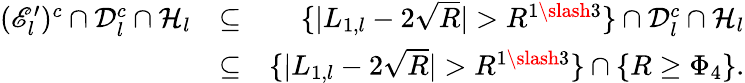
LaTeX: \begin{array}{rlr}{(\mathscr{E}_{l}^{\prime})^{c}\cap\mathcal{D}_{l}^{c}\cap\mathcal{H}_{l}}&{\subseteq}&{\{ |L_{1,l}-2\sqrt{R}|>R^{1\slash 3}\} \cap\mathcal{D}_{l}^{c}\cap\mathcal{H}_{l}}\\ &{\subseteq}&{\{ |L_{1,l}-2\sqrt{R}|>R^{1\slash 3}\} \cap\{ R\geq\Phi_{4}\} .}\end{array}